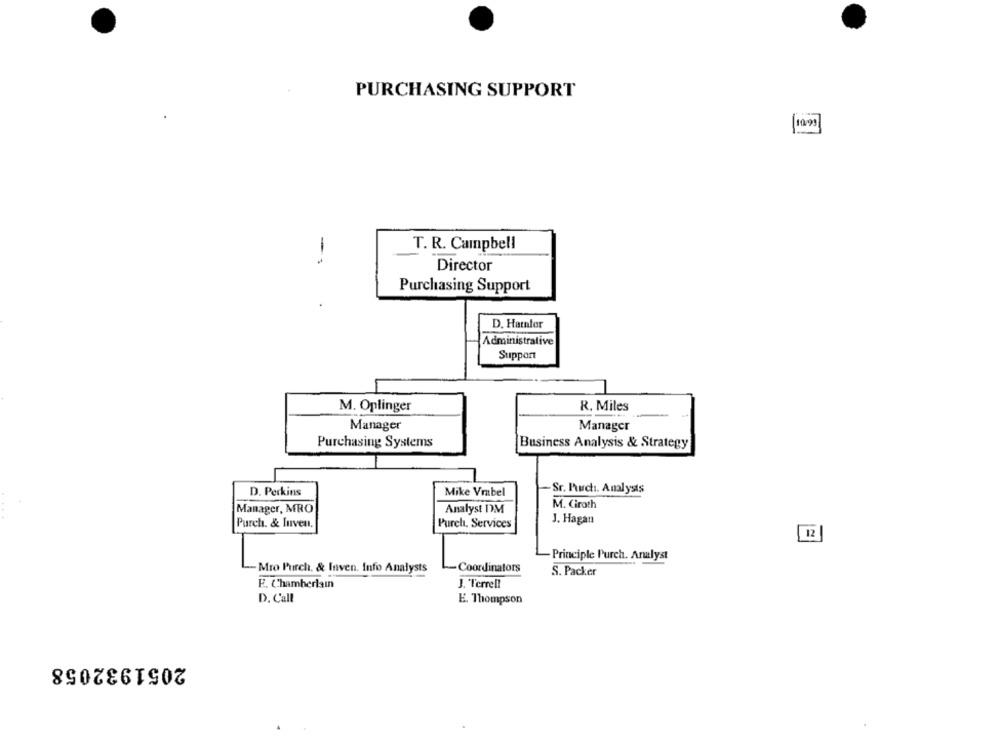
PURCHASING SUPPORT
T. R. Campbell
- 1
Director
Purchasing Support
D. Hamnfor
Administrative
Support
M. Oplinger
R. Miles
Manager
Manager
Purchasing Systems
Business Analysis & Strategy
Sr. Prch. Analysts
D. Perkins
Mike Vmabel
M. Giroth
Manager, MRO
Analyst DM
J. Hagan
Purch. & Inven.
Purch, Services
12]
Principle Purch. Analyst
-Mro Purch, & Inven. Info Analysts
Coordinators
S. Packer
E. Chamberlain
J. Terrell
D. Call
E. Thompson
2051932058